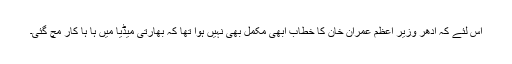
اس لئے کہ ادھر وزیر اعظم عمران خان کا خطاب ابھی مکمل بھی نہیں ہوا تھا کہ بھارتی میڈیا میں ہا ہا کار مچ گئی۔